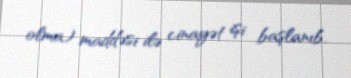
olma) maddəsi ilə cinayət işi başlanıb.